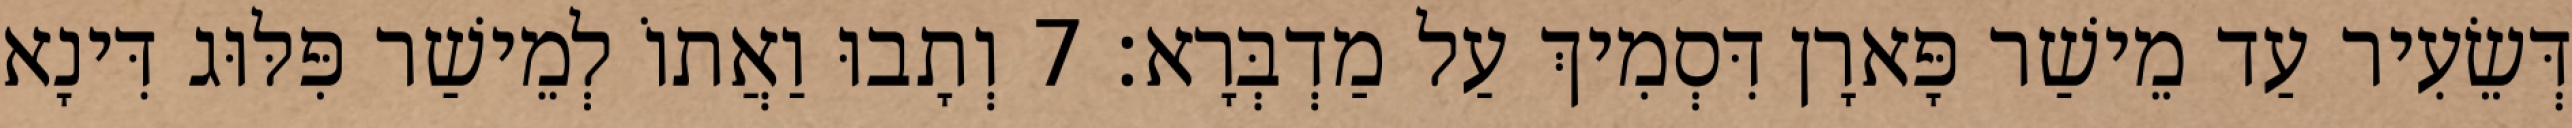
דְּשֵׂעִיר עַד מֵישַׁר פָּארָן דִּסְמִיךְ עַל מַדְבְּרָא׃ 7 וְתָבוּ וַאֲתוֹ לְמֵישַׁר פִּלּוּג דִּינָא